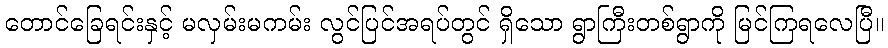
တောင်ခြေရင်းနှင့် မလှမ်းမကမ်း လွင်ပြင်အရပ်တွင် ရှိသော ရွာကြီးတစ်ရွာကို မြင်ကြရလေပြီ။